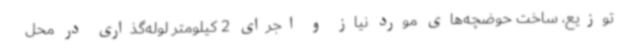
توزیع، ساخت حوضچه‌های مورد نیاز و اجرای 2 کیلومتر لوله‌گذاری در محل